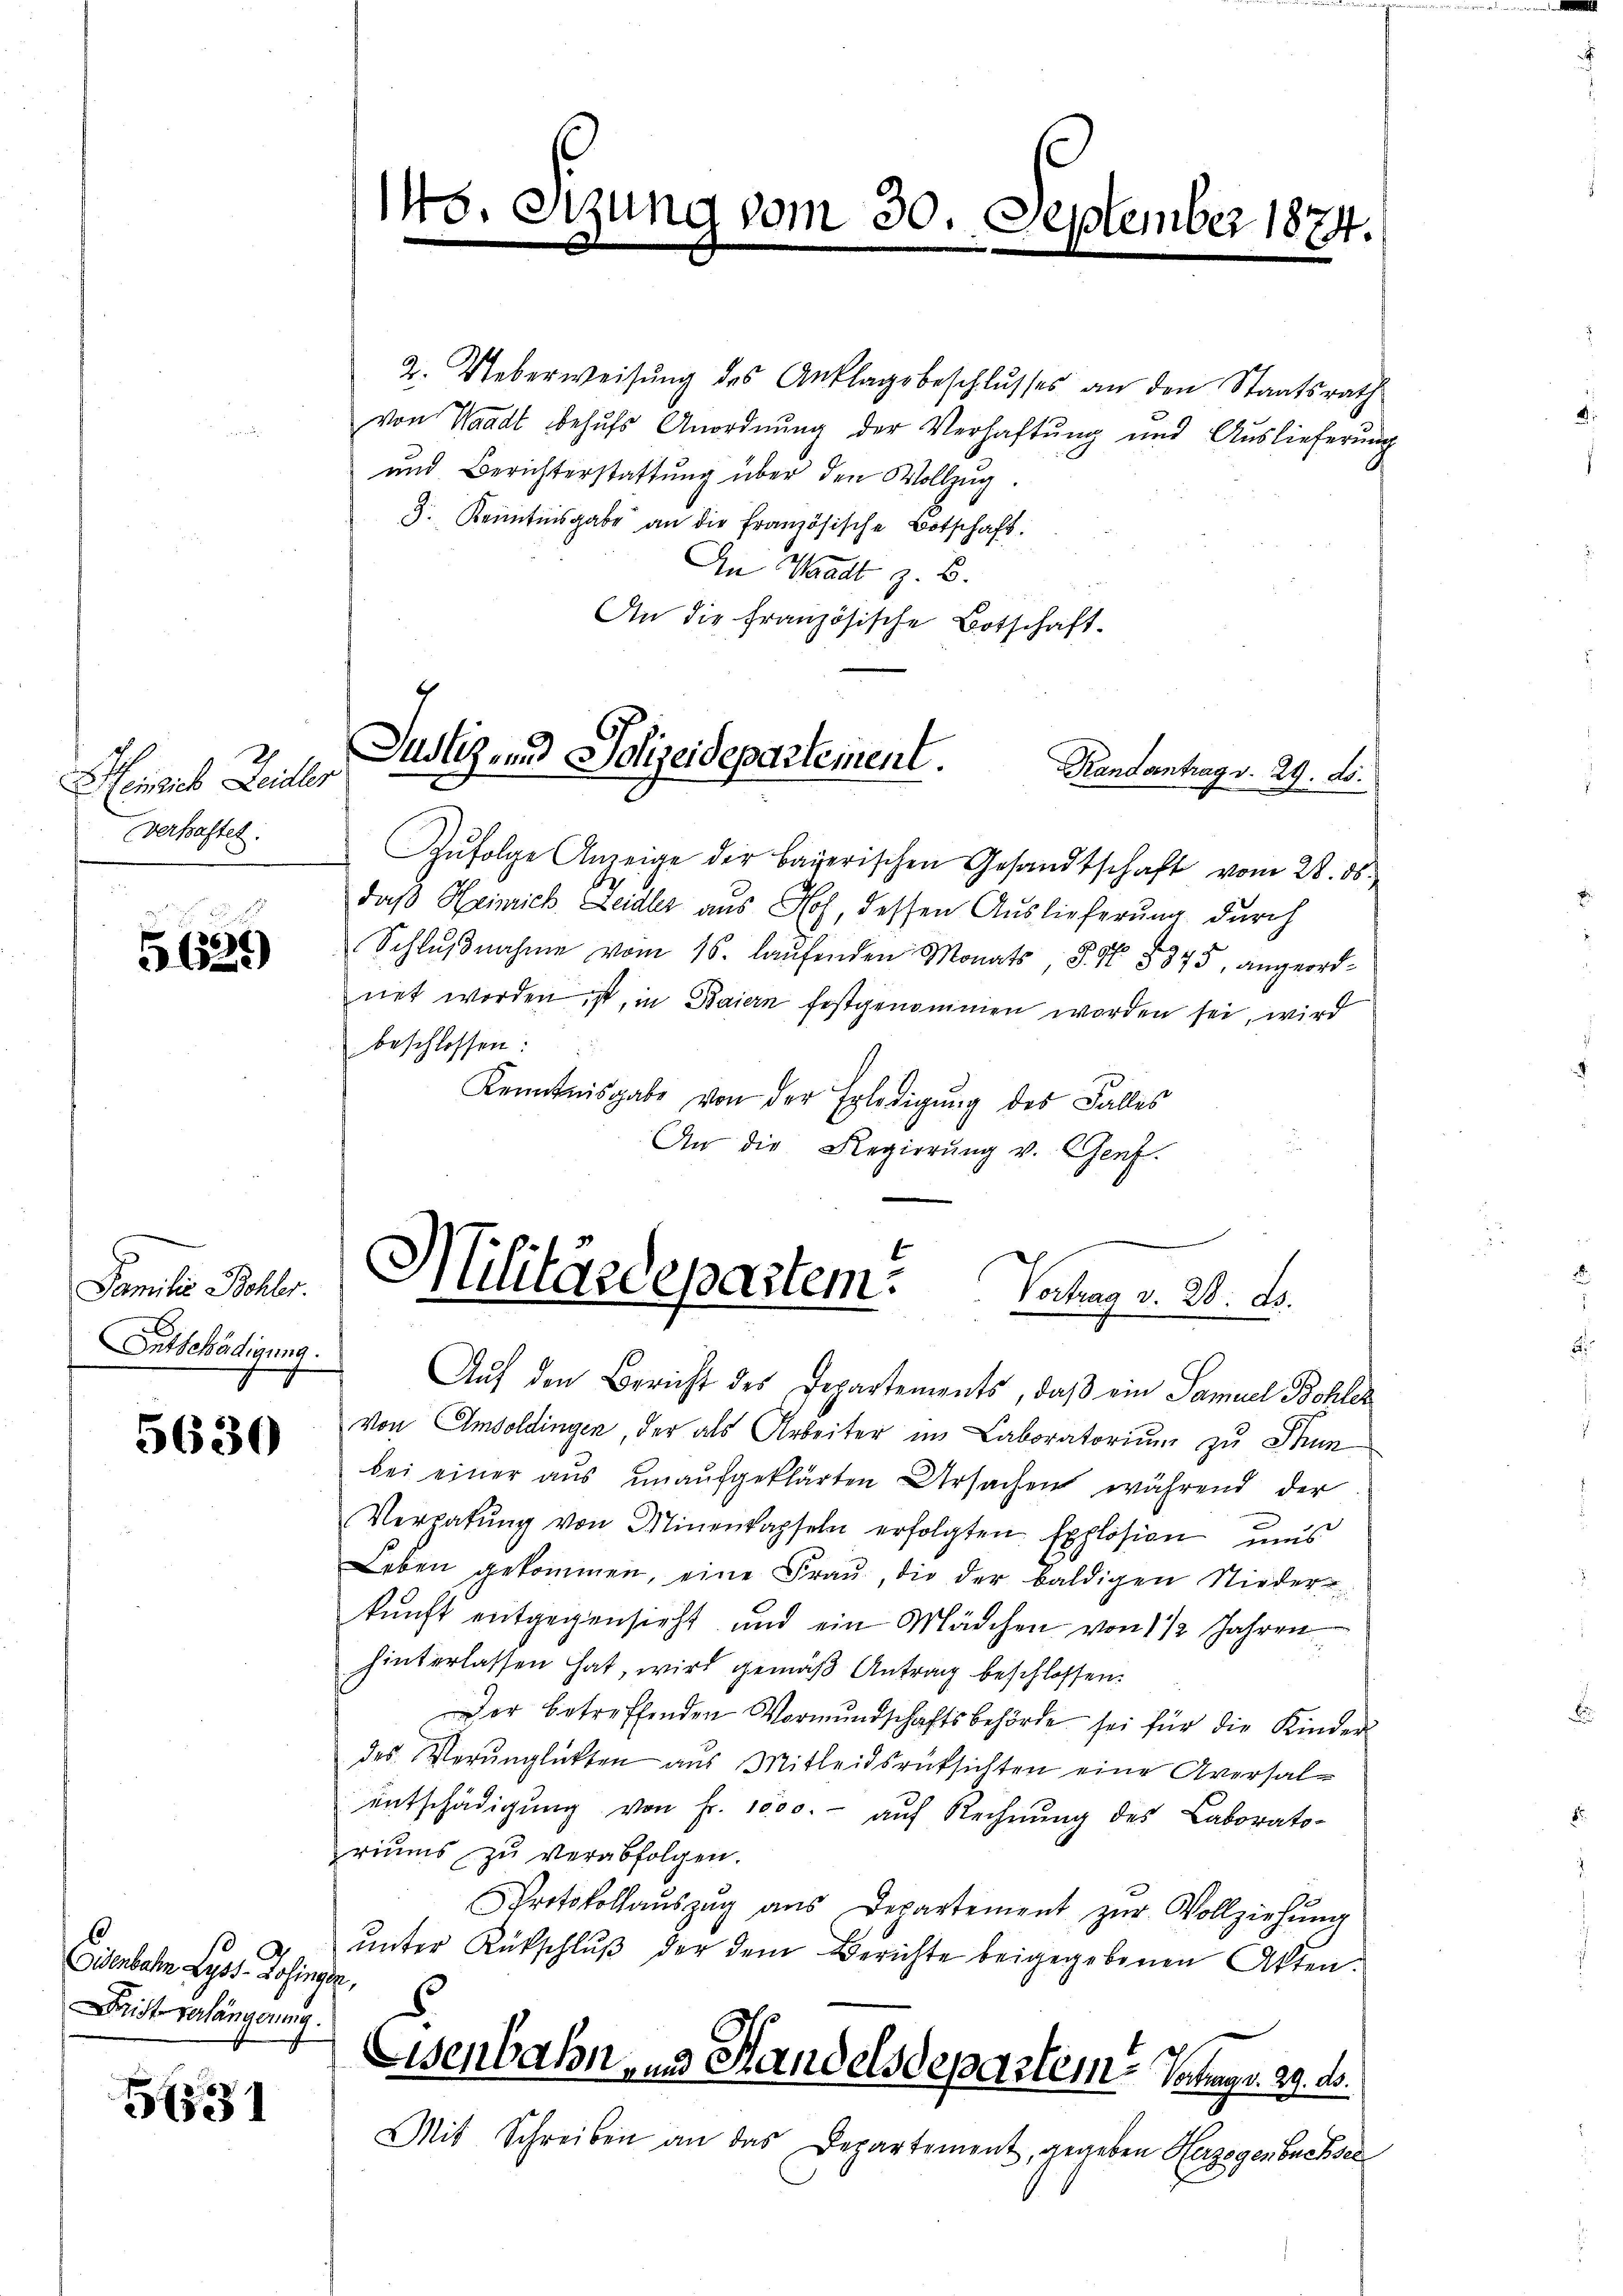
Heinrich Leister
verkastet.

5639)

Familie Bohler.
Entschädigung.

5630

Eisenbahn Lyss. Dahingen.
Drist verlängerung.

531

1

2. Ueberweisŭng des Anklagsbeschlŭsses an den Staatsrath
von Waadt behufs Anordnung der Verhaftung und Auslieferung
und Berichterstattŭng über den Vollzug
3. Kenntnisgabe an die französische Botschaft.
An Waadt z. B.
An die Französische Botschaft-
Zŭfolge Anzeige der bayerischen Gesandtschaft vom 28. ds.
daß Heinrich Leidler aus Hoh, dessen Auslieferung durch
Schlŭβnahme vom 16. laŭfenden Monats, S. Nr. 8875, angeordnet worden ist, in Baiern festgenommen worden sei, wird
beschlossen:
Kenntnisgabe von der Erledigung des Falles
An die Regierung v. Genf.

nzung vom 30. September 1874.

Justiz und Polizeidepartement.
Randantrag v. 29. ds.

Militärdepartem
Vortrag v. 28. ds.
¬

Auf den Bericht des Departements, daß ein Samuel Bohler
von Emboldingen, der als Arbeiter im Laboratorium zu Thun
bei einer aus unaufgeklärten Ursachen während der
Vergabŭng von Minenkapseln erfolgten Explosion ums
Leben gekommen, eine Fraŭ, die der baldigen Nieder-
kunft entgegensieht und ein Mädchen von 1 1/2 Jahren
hinterlassen hat, wird gemäß Antrag beschlossen:
Der betreffenden Vormŭndschaftsbehörde sei für die Kinder-
des Verŭnglükten aus Mitleidsrüksichten eine Aversal-
entschädigung von Fr. 1000.- auf Rechnung des Laborato-
riums zŭ verabfolgen.
Protokollaŭszŭg aŭs Departement zŭr Vollziehŭng
unter Rückschluß der dem Berichte beigegebenen Akten.
Eisenbahn und Handelsdepartem Vortrag. 29. ds.
Mit Schreiben an das Departement, gegeben Herzogenbuchsel